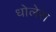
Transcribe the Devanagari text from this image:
धोलेरा